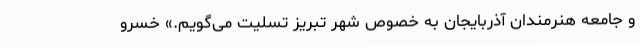
و جامعه هنرمندان آذربایجان به خصوص شهر تبریز تسلیت می‌گویم.» خسرو